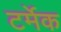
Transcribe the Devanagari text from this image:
टर्मेक